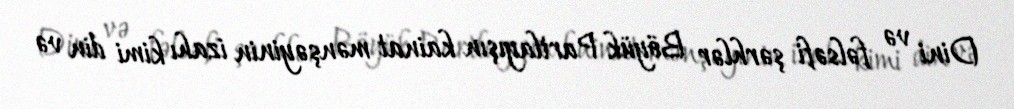
Dini və fəlsəfi şərhlər Böyük Partlayışın kainat mənşəyinin izahı kimi din və